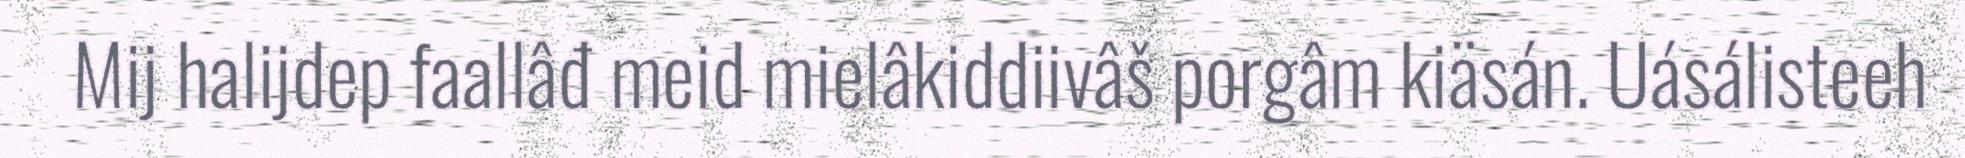
Mij halijdep faallâđ meid mielâkiddiivâš porgâm kiäsán. Uásálisteeh